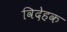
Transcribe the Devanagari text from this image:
विदेहक